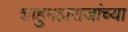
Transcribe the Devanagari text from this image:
शाहुमहाराजांच्या